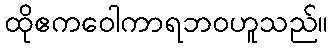
ထိုဧကဝေါကာရဘဝဟူသည်။